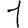
Digit: 1